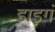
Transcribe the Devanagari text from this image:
डाइगं